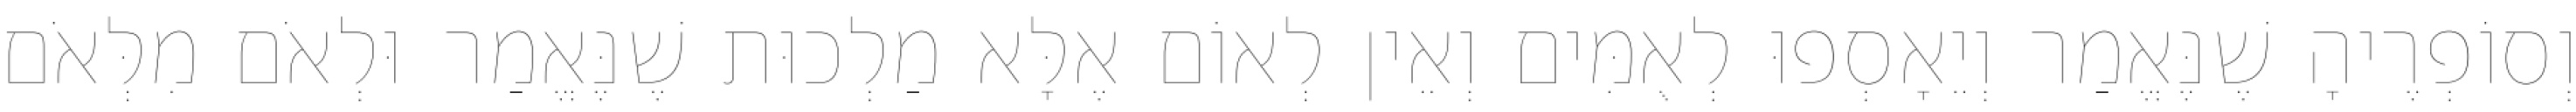
וְסוֹפְרֶיהָ שֶׁנֶּאֱמַר וְיֵאָסְפוּ לְאֻמִּים וְאֵין לְאוֹם אֶלָּא מַלְכוּת שֶׁנֶּאֱמַר וּלְאֹם מִלְּאֹם